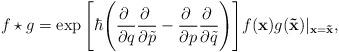
LaTeX: \begin{align*}f\star g = \exp \Bigg[ \hbar\Bigg(\frac{\partial~}{\partial q}\frac{\partial~}{\partial\tilde p}-\frac{\partial~}{\partial p}\frac{\partial~}{\partial\tilde q}\Bigg)\Bigg] f({\bf x}) g({\bf \tilde x}) \vert_{{\bf x} = {\bf\tilde x}},\end{align*}